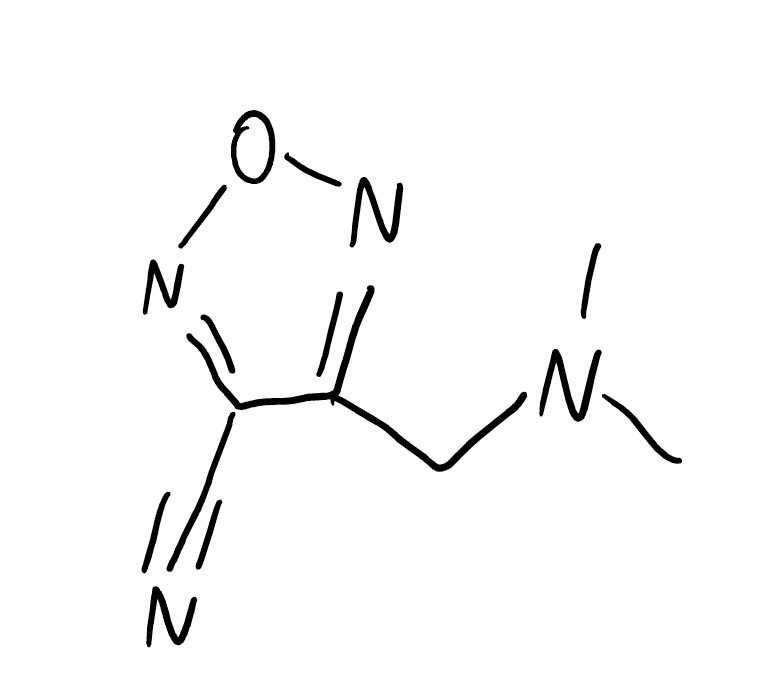
Simplified molecular-input line-entry system (SMILES) notation of the given molecule:
CN(C)CC1=NON=C1C#N